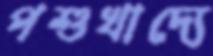
পশুখাদ্যে